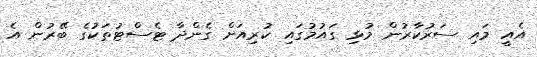
އެއީ މައި ސަރުކާރުން މުޅި ގައުމުގައި ކުރިއަށް ގެންދާ ޓެސްޓުތަކުގެ ބޭރުން އެ